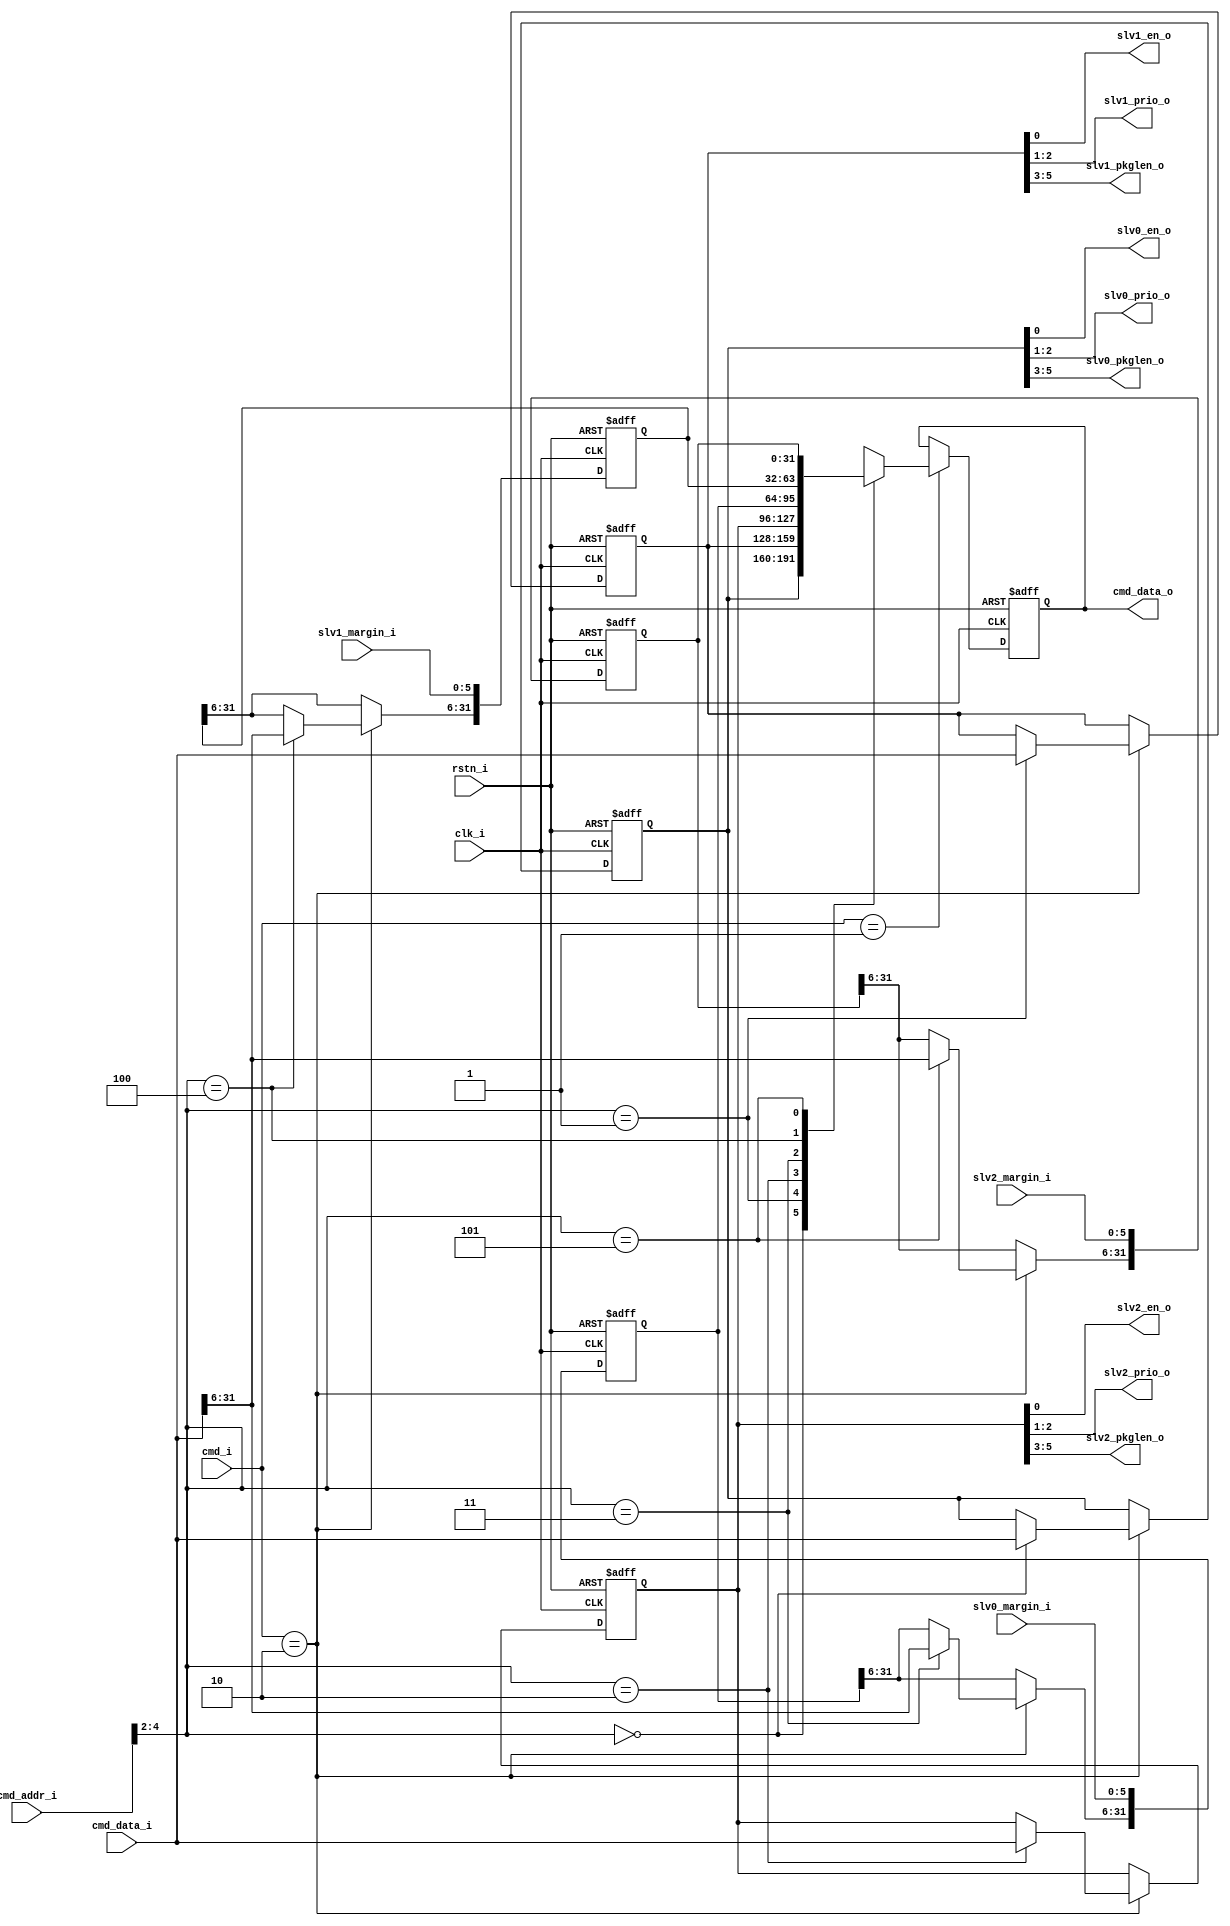
/*************************<MCDF>*********************/
//
`timescale 1ns/100ps
/*************************<>*********************/
module control_register
#(
    parameter   CTRL_REG_DEFAULT='b111,
                STATE_REG_DEFAULT=32'd63//FIFO63
              
)
(
    input                   clk_i,
                            rstn_i,
    input   wire    [1:0]   cmd_i ,
    input   wire    [5:0]   cmd_addr_i,
    input   wire    [31:0]  cmd_data_i,    
    input   wire    [5:0]   slv0_margin_i,
                            slv1_margin_i,
                            slv2_margin_i,


    output                  slv0_en_o,
                            slv1_en_o,
                            slv2_en_o,    
    output  reg     [31:0]  cmd_data_o,
    output  wire    [1:0]   slv0_prio_o,
                            slv1_prio_o,
                            slv2_prio_o,
    output  wire    [2:0]   slv0_pkglen_o,
                            slv1_pkglen_o,
                            slv2_pkglen_o
);
/*************************<>*********************/
reg     [31:0]   Register    [5:0];//6
integer i;
/*************************<>*********************/
always @(posedge clk_i or negedge rstn_i) begin
    if(!rstn_i)begin//
        for(i=0;i<3;i=i+1)begin
            Register[i]<=CTRL_REG_DEFAULT;
        end
        for(i=3;i<6;i=i+1)begin
            Register[i]<=STATE_REG_DEFAULT;
        end
        cmd_data_o<='d0;//!!!
    end
    else begin
        case (cmd_i)
        //!!!
            2'b01:cmd_data_o<=Register[cmd_addr_i>>2];//RD
            2'b10:Register[cmd_addr_i>>2]<=cmd_data_i;//WR
            default: //IDLE
                ;//
        endcase
        //!!!,
        Register[3][5:0]<=slv0_margin_i;
        Register[4][5:0]<=slv1_margin_i;
        Register[5][5:0]<=slv2_margin_i;        
    end
end
/*************************<>*********************/
//
assign slv0_en_o=Register[0][0];
assign slv1_en_o=Register[1][0];
assign slv2_en_o=Register[2][0];
//
assign slv0_prio_o=Register[0][2:1];
assign slv1_prio_o=Register[1][2:1];
assign slv2_prio_o=Register[2][2:1];
//
assign slv0_pkglen_o=Register[0][5:3];
assign slv1_pkglen_o=Register[1][5:3];
assign slv2_pkglen_o=Register[2][5:3];
endmodule